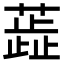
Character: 蕋